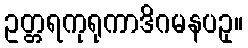
ဥတ္တရကုရုကာဒိဂမနပဥှ။